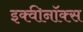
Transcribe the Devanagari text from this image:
इक्वीनॉक्स